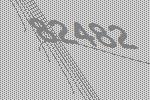
82482